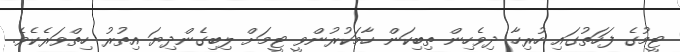
ޓީމުގެ ފަހަތުގައި ހުރިހާ ދިވެހިން ތިބިކަން ހާމަކުރުންވީ ޓީމަށް ލިބިގެންދިޔަ އިތުރު ހިތްވަރެކެވެ.